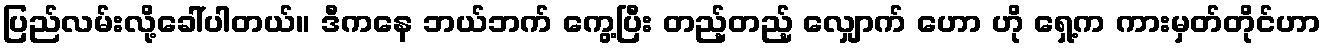
ပြည်လမ်းလို့ခေါ်ပါတယ်။ ဒီကနေ ဘယ်ဘက် ကွေ့ပြီး တည့်တည့် လျှောက် ဟော ဟို ရှေ့က ကားမှတ်တိုင်ဟာ